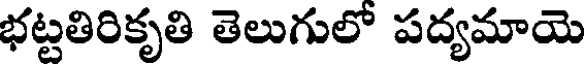
భట్టతిరికృతి తెలుగులో పద్యమాయె